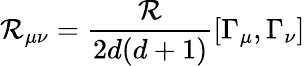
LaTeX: \mathcal{R}_{\mu\nu}=\frac{{\mathcal{R}}}{{2d(d+1)}}[\Gamma_{\mu},\Gamma_{\nu}]